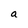
Character: a